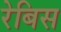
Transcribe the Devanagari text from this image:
रेबिस